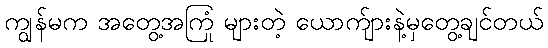
ကျွန်မက အတွေ့အကြုံ များတဲ့ ယောက်ျားနဲ့မှတွေ့ချင်တယ်